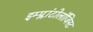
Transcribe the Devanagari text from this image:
इम्प्लांटोलॉजिस्ट